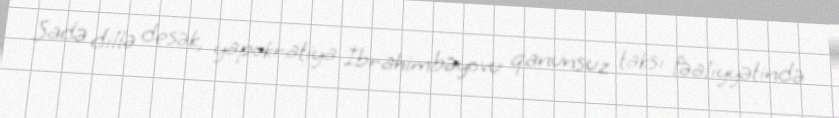
Sadə dillə desək, yapokratiya İbrahimbəyovu qanunsuz taksi fəaliyyətində